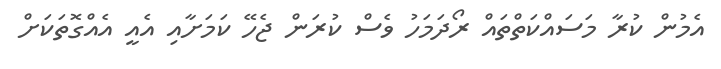
އެމުން ކުރާ މަސައްކަތްތައް ރޯދަމަހު ވެސް ކުރަން ޖެހޭ ކަމަށާއި އެއީ އެއްގޮތަކަށް